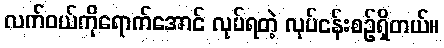
လက်ဝယ်ကိုရောက်အောင် လုပ်ရတဲ့ လုပ်ငန်းစဉ်ရှိတယ်။